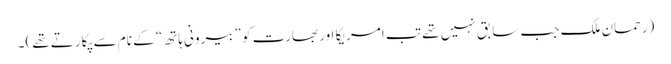
(رحمان ملک جب سابق نہیں تھے تب امریکا اور بھارت کو ”بیرونی ہاتھ“ کے نام سے پکارتے تھے)۔